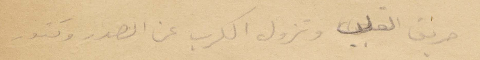
حريق القلب وتزول الكرب عن الصدر وتنور